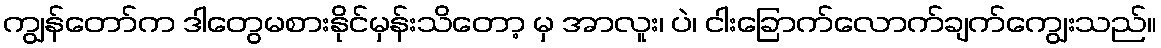
ကျွန်တော်က ဒါတွေမစားနိုင်မှန်းသိတော့ မှ အာလူး၊ ပဲ၊ ငါးခြောက်လောက်ချက်ကျွေးသည်။